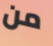
من